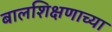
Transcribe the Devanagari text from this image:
बालशिक्षणाच्या